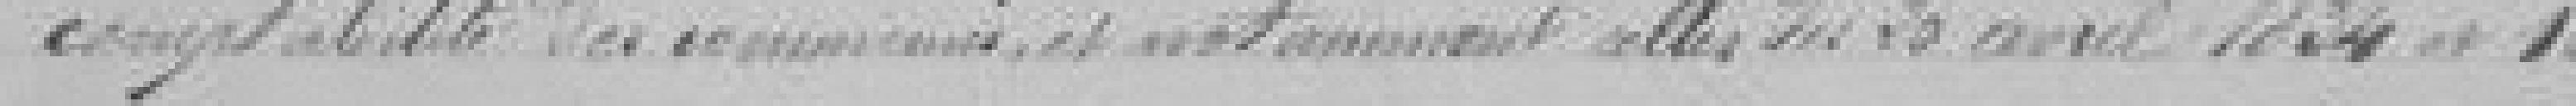
comptabilité des communes, et notamment celles du 20 avril 1834 et 10